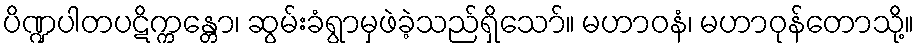
ပိဏ္ဍပါတပဋိက္ကန္တော၊ ဆွမ်းခံရွာမှဖဲခဲ့သည်ရှိသော်။ မဟာဝနံ၊ မဟာဝုန်တောသို့။